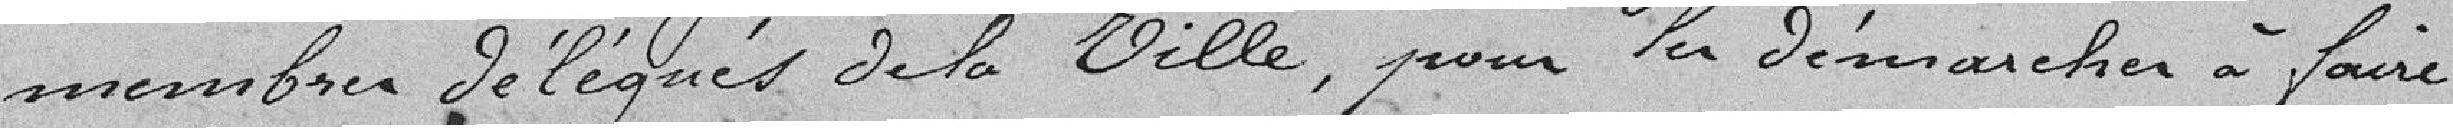
membres délégués de la ville, pour les démarches à faire